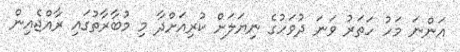
އަންނަ މަހު ހަތަރު ވަނަ ދުވަހުގެ ނިޔަލަށް ކުރިއަށްދާ މި މުބާރާތުގައި ރާއްޖެއިން